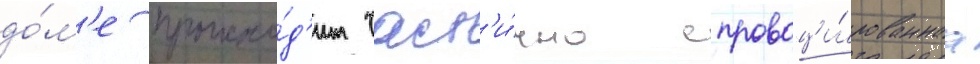
до́м'е происхо́д'ит част'и́чно спровоци́рованнаа